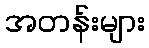
အတန်းများ